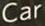
Car